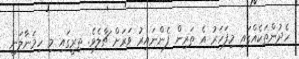
ހެދުންތަކެއްގައި މިފަހަރު އެ ތަރިން ފެންނައިރު ވަރަށް ޗާލެވެ. ތިރީގައި މި ހިމަނާލަނީ